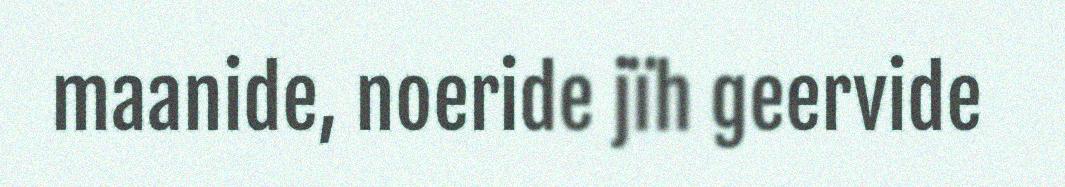
maanide, noeride jïh geervide